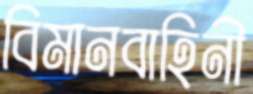
বিমানবাহিনী